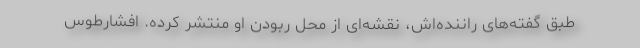
طبق گفته‌های راننده‌اش، نقشه‌ای از محل ربودن او منتشر کرده. افشارطوس